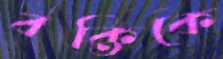
বক্তিকে